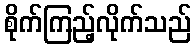
စိုက်ကြည့်လိုက်သည်